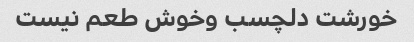
خورشت دلچسب وخوش طعم نیست